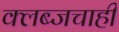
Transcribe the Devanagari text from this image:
क्लब्जचाही